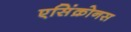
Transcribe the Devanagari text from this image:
एसिंक्रोनस